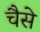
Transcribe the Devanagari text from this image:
चैसे